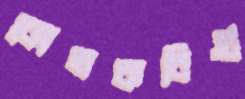
কোভকবিগু